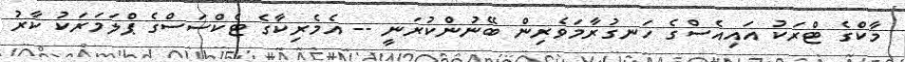
މާކްގެ ޓްރަކު އައިއެސްގެ ހަނގުރާމަވެރިން ބޭނުންކުރަނީ -- އެމެރިކާގެ ޓެކްސަސްގެ ޕްލަމަރަކު ކާރު